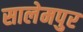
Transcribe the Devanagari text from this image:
सालेमपुर